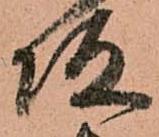
坂